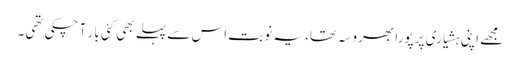
مجھے اپنی ہشیاری پر پورا بھروسہ تھا، یہ نوبت اس سے پہلے بھی کئی بار آ چکی تھی۔